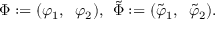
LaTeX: \Phi : = ( \varphi _ { 1 } , \; \; \varphi _ { 2 } ) , \, \; \tilde { \Phi } : = ( \tilde { \varphi } _ { 1 } , \; \; \tilde { \varphi } _ { 2 } ) .